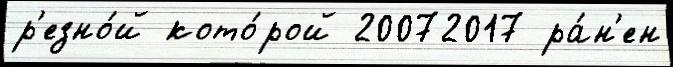
р'езно́й кото́рой 20072017 ра́н'ен